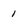
Character: 1